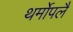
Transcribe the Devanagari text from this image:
थर्मोपलै